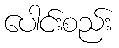
ပေါင်းစည်း